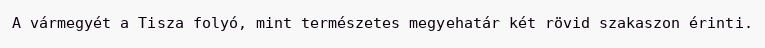
A vármegyét a Tisza folyó, mint természetes megyehatár két rövid szakaszon érinti.